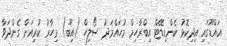
އައްޑޫގައި އިދިކޮޅު ކެންޑިޑޭޓް އިބްރާހިމް މުހައްމަދު ސޯލިހް (އިބޫ) މިހާރު ކުރިއަށް ގެންދަވާ